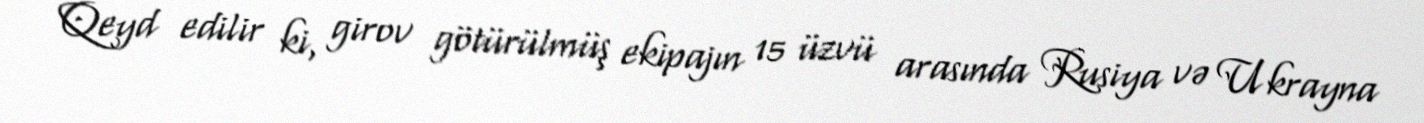
Qeyd edilir ki, girov götürülmüş ekipajın 15 üzvü arasında Rusiya və Ukrayna